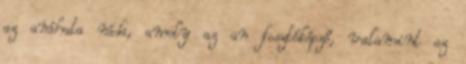
az anáhata náda, amely az an fosztóképző, valamint az